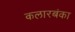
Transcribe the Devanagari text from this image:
कलारबंका